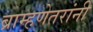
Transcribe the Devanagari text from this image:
ब्राम्हणेतरांनी